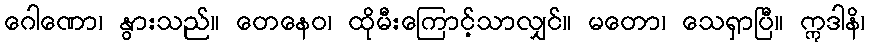
ဂေါဏော၊ နွားသည်။ တေနေဝ၊ ထိုမီးကြောင့်သာလျှင်။ မတော၊ သေရှာပြီ။ ဣဒါနိ၊